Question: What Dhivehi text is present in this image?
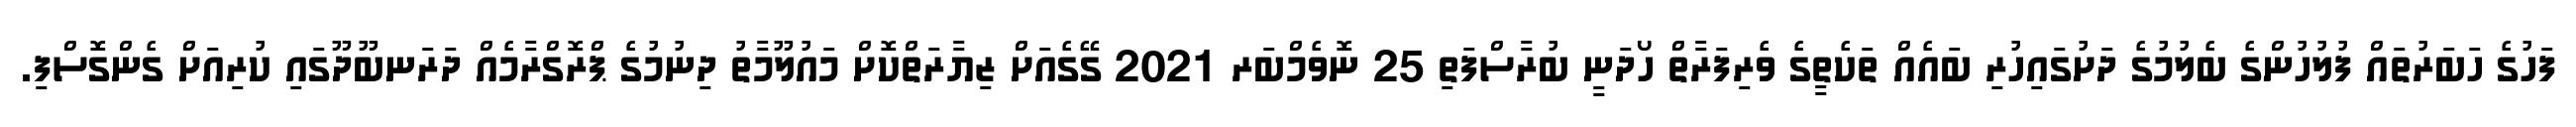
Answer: ފަހުގެ ހަބަރުތައް ފުލުހުންގެ ބެލުމުގެ ދަށުގައިހުރި ބައެއް ތަކެތީގެ ވެރިފަރާތް ހޯދަނީ ބުރާސްފަތި 25 ނޮވެމްބަރ 2021 ގޭގެއަށް ޒިޔާރަތްކޮށް މައުލޫމާތު ދިނުމުގެ ޕްރޮގްރާމެއް ދަރަނބޫދޫގައި ކުރިއަށް ގެންގޮސްފި.